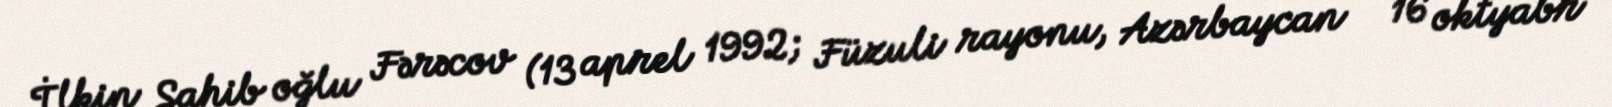
İlkin Sahib oğlu Fərəcov (13 aprel 1992; Füzuli rayonu, Azərbaycan — 16 oktyabr